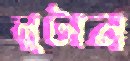
লুটান